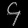
Digit: ၄